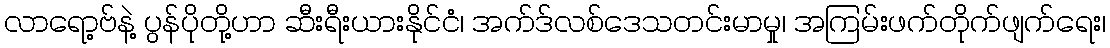
လာရော့ဗ်နဲ့ ပွန်ပိုတို့ဟာ ဆီးရီးယားနိုင်ငံ၊ အက်ဒ်လစ်ဒေသတင်းမာမှု၊ အကြမ်းဖက်တိုက်ဖျက်ရေး၊